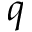
q